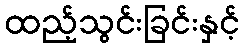
ထည့်သွင်းခြင်းနှင့်